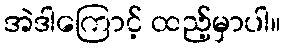
အဲဒါကြောင့် ထည့်မှာပါ။